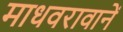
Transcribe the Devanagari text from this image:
माधवरावानें